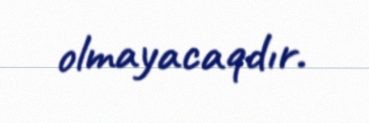
olmayacaqdır.